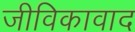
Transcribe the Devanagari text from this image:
जीविकावाद